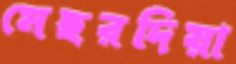
মেছরদিয়া